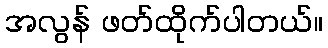
အလွန် ဖတ်ထိုက်ပါတယ်။